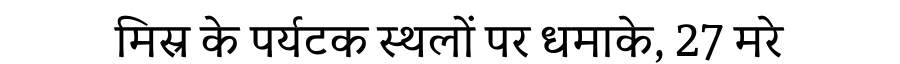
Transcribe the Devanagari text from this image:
मिस्र के पर्यटक स्थलों पर धमाके, 27 मरे